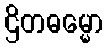
ဌိတဓမ္မော